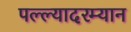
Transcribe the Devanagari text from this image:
पल्ल्यादरम्यान